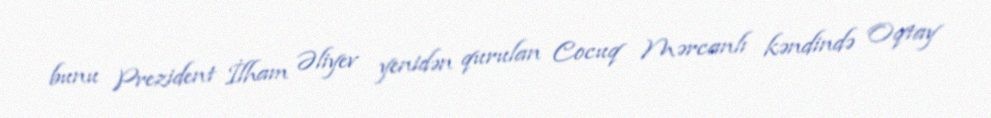
bunu Prezident İlham Əliyev yenidən qurulan Cocuq Mərcanlı kəndində Oqtay